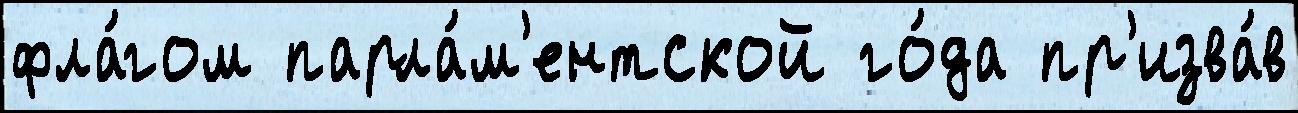
фла́гом парла́м'ентской го́да пр'изва́в